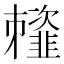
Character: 䪣